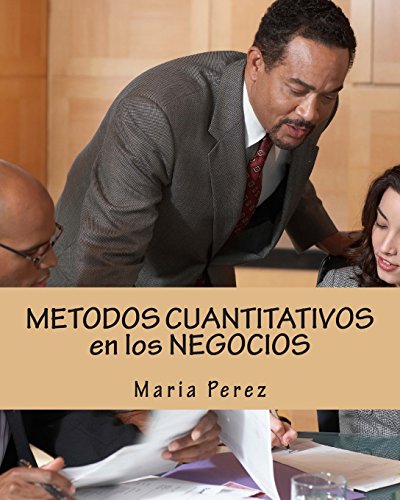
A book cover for METODOS CUANTITATIVOS en los NEGOCIOS (Spanish Edition); Maria Perez; Business & Money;